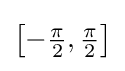
{\textstyle \left[-{\frac {\pi }{2}},{\frac {\pi }{2}}\right]}